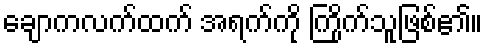
ချောကလက်ထက် အရက်ကို ကြိုက်သူဖြစ်၏။